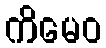
ကိမေဝ